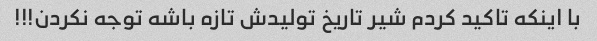
با اینکه تاکید کردم شیر تاریخ تولیدش تازه باشه توجه نکردن!!!